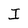
Character: I